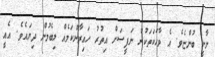
ށާށީ ބުންޏެވެ. އެ ވާހަކަތަކުން ނަފީސަށް އިތުރު ހައިރާންކަމެއް ލިބެމުން ދިޔައެވެ. އެއީ